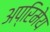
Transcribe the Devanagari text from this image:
अप्रिमेय